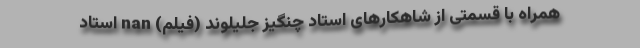
همراه با قسمتی از شاهکارهای استاد چنگیز جلیلوند (فیلم) nan استاد